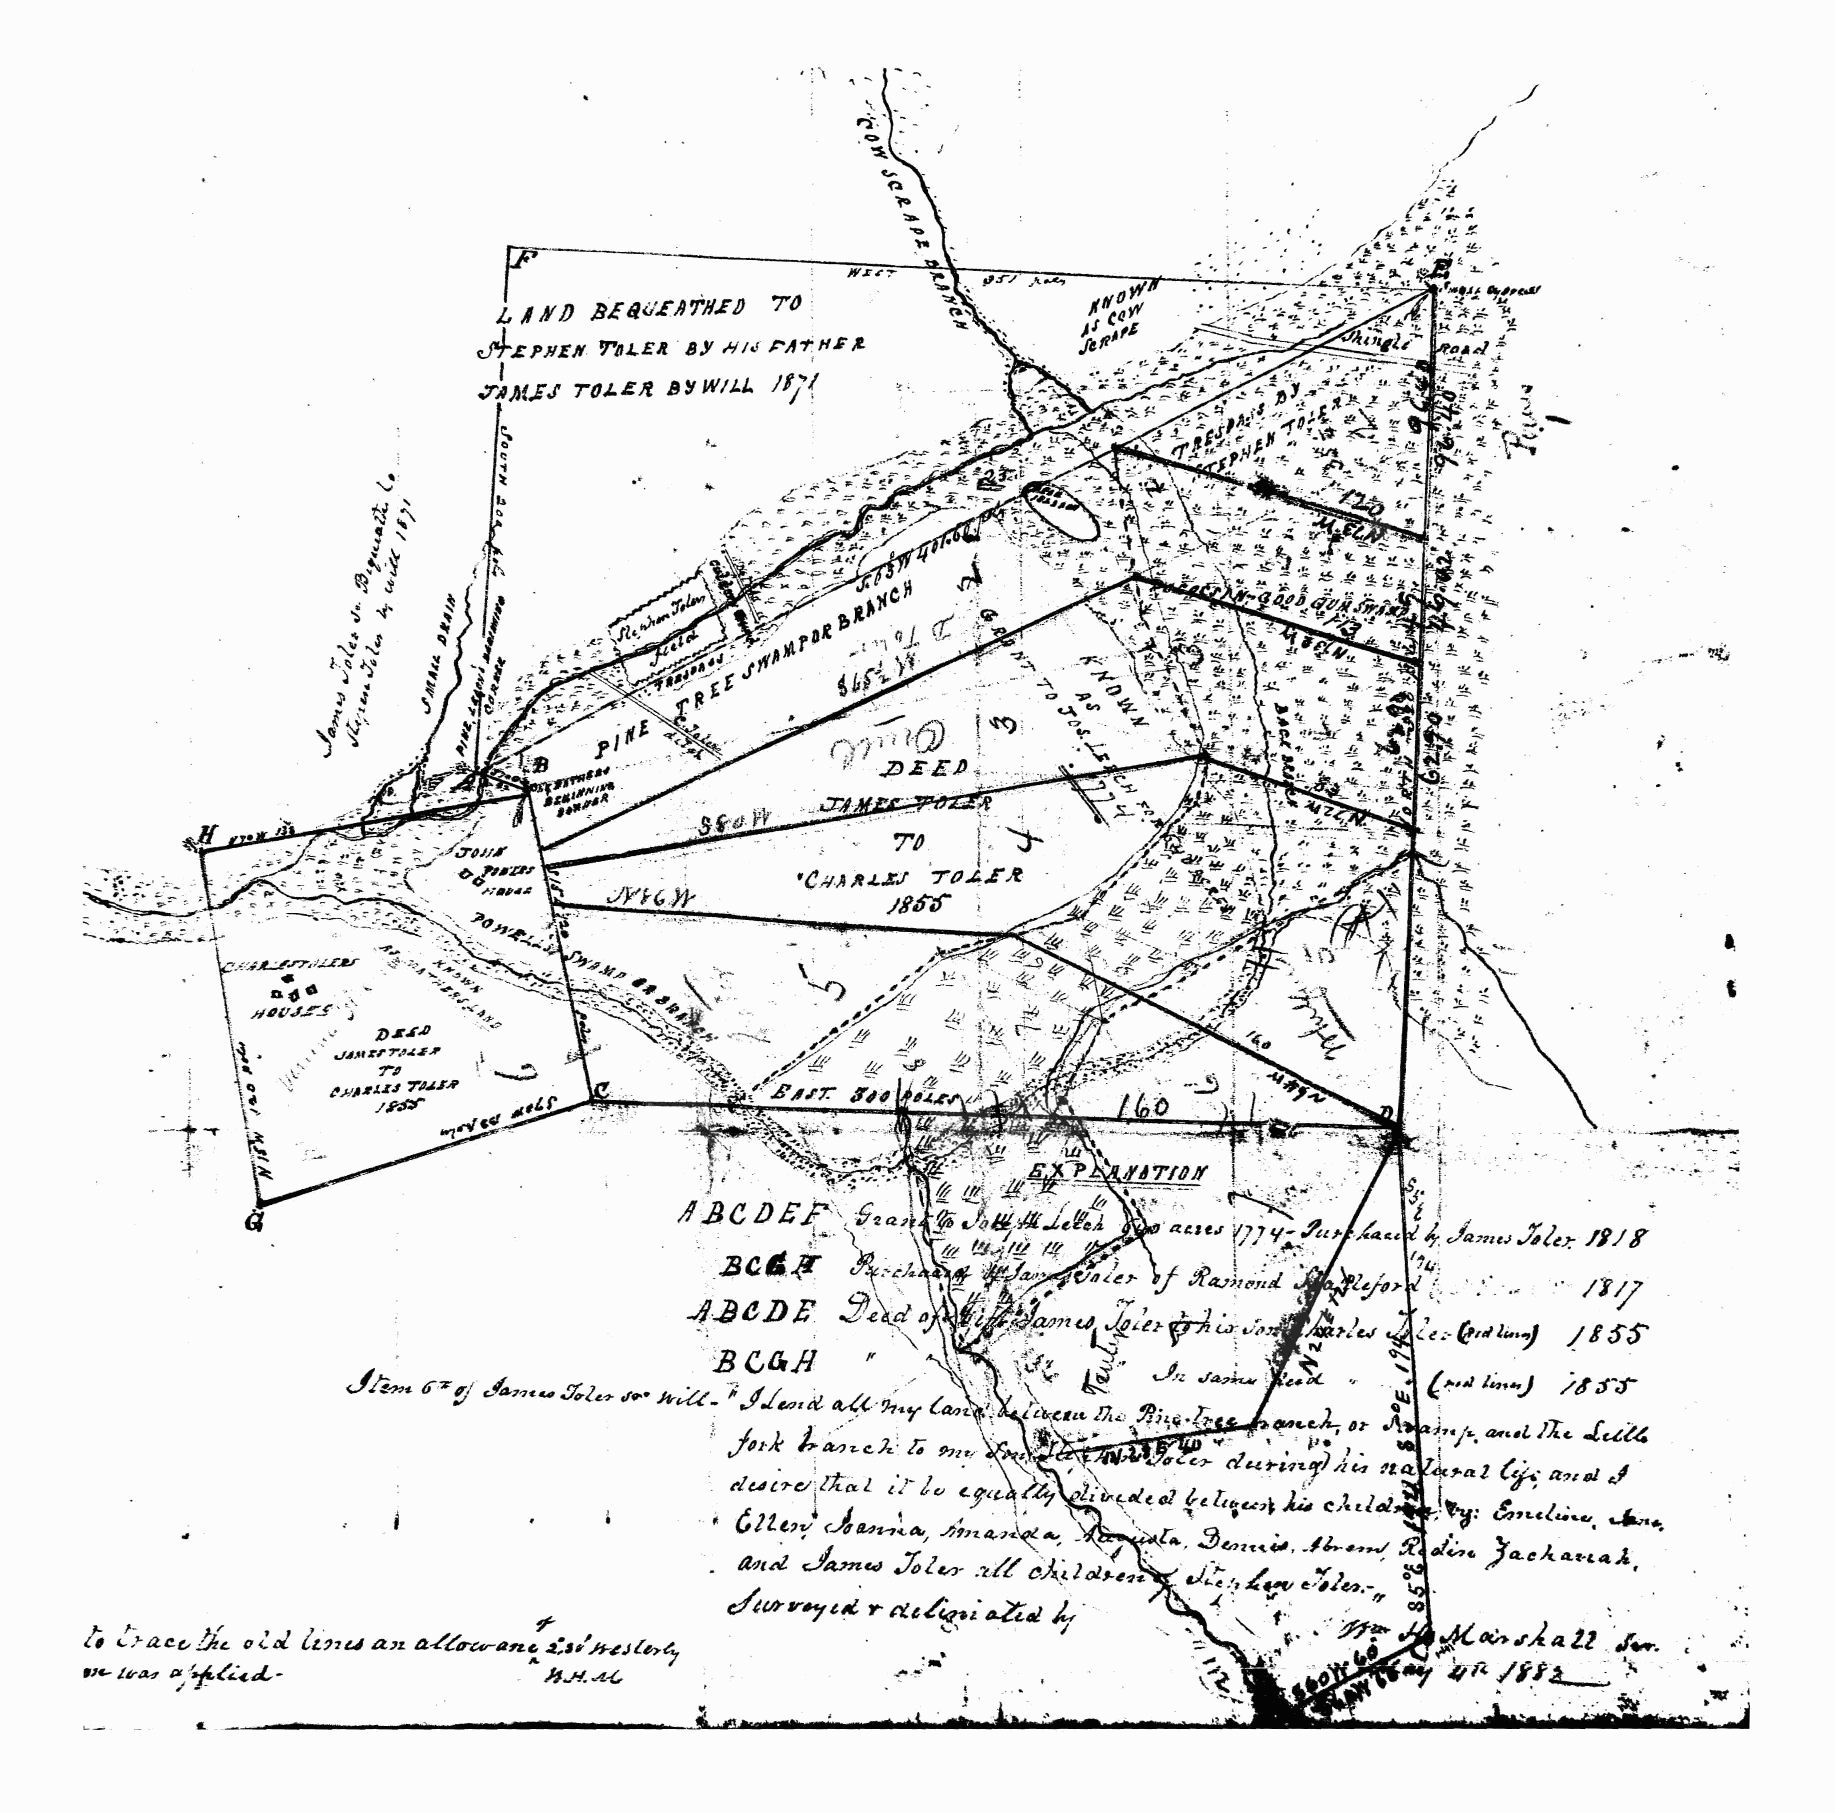
.,'"
 • r
 ,;
 /
 '­
 i
 ,
 ---+~
 .. ~lt
 ';':~                                                                                             -, ..
 *                                                                                                   .  -,
 . -".:" ...'~ - ..... ;_~ v" -.
 " /1/j'
 /iSS
 {~.J ,~...; ;";I~
 '~7C/&-.  .[ul~
 ,11",
 4#..
 ~ltl (:A'
 :       /tUM J
 I
 ....                                                  ..
 ..
 "'~
 -                                                    -
 ....~.-!"-.
 ._ .1